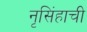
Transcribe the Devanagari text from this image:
नृसिंहाची